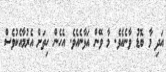
އަދި މާ ބޮޑު ވާނެއެވެ. މާ ވޭން އަޅާނެއެވެ. އެހެން ހިތަށް އެރުމާއެކުވެސް